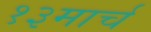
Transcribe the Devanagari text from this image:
१३मार्च